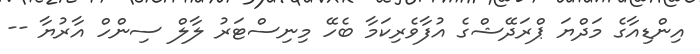
އިންޑިއާގެ މަދްޔަ ޕްރަދޭޝްގެ އުފާވެރިކަމާ ބެހޭ މިނިސްޓަރު ލާލް ސިންހް އާރުޔާ --